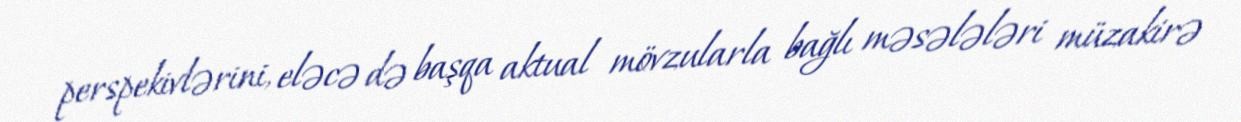
perspekivlərini, eləcə də başqa aktual mövzularla bağlı məsələləri müzakirə